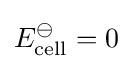
E_{\text{cell}}^{\ominus }=0